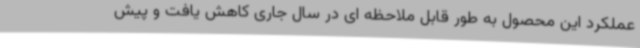
عملکرد این محصول به طور قابل ملاحظه ای در سال جاری کاهش یافت و پیش